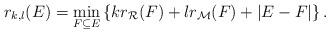
LaTeX: \begin{align*}r_{k,l}(E)=\min_{F\subseteq E} \left\{kr_{\mathcal R}(F) + lr_{\mathcal M}(F) + |E-F| \right\}.\end{align*}